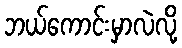
ဘယ်ကောင်းမှာလဲလို့